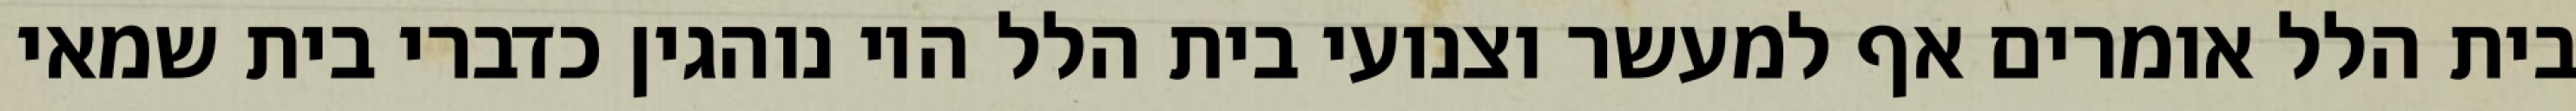
בית הלל אומרים אף למעשר וצנועי בית הלל היו נוהגין כדברי בית שמאי